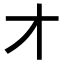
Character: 𬺱